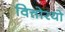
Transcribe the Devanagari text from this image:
वित्तोरयो